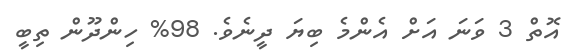
އޮތް 3 ވަނަ އަށް އެންމެ ބިޔަ ދީނެވެ. 98% ހިންދޫން ތިބީ